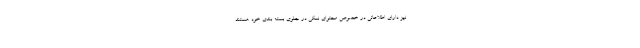
نیز دارای اطلاعاتی در خصوص محتوای نمکی در جلوی بسته بندی خود هستند.